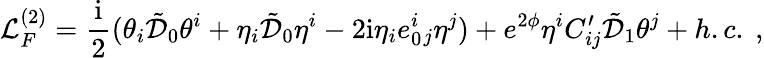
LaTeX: {\cal L}_{F}^{(2)}=\frac{\mathrm{i}}{2}(\theta_{i}\tilde{{\cal D}}_{0}\theta^{i}+\eta_{i}\tilde{{\cal D}}_{0}\eta^{i}-2\mathrm{i}\eta_{i}e_{0}^{i}{}_{j}\eta^{j})+e^{2\phi}\eta^{i}C_{ij}^{\prime}\tilde{{\cal D}}_{1}\theta^{j}+h.c.\ ,